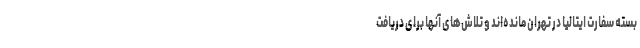
بسته سفارت ایتالیا در تهران مانده‌اند و تلاش‌های آنها برای دریافت